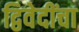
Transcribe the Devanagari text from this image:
द्विवेदींचा